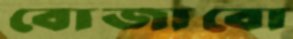
বোজাবো